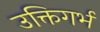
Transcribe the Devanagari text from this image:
उक्तिगर्भ